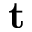
\mathbf { t }